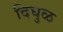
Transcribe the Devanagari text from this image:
दिघुळ